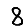
Digit: 8